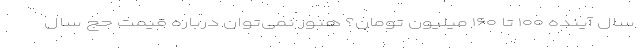
سال آینده ۱۰۰ تا ۱۶۰ میلیون تومان؟ هنوز نمی‌توان درباره قیمت حج سال